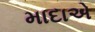
માદાએ